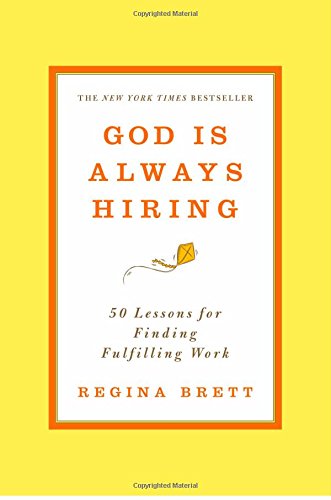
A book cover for God Is Always Hiring: 50 Lessons for Finding Fulfilling Work; Regina Brett; Christian Books & Bibles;